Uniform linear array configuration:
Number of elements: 4
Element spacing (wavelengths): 1
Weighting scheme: binomial
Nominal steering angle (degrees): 30
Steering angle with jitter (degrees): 29.779
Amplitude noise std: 0.05
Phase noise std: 0.05

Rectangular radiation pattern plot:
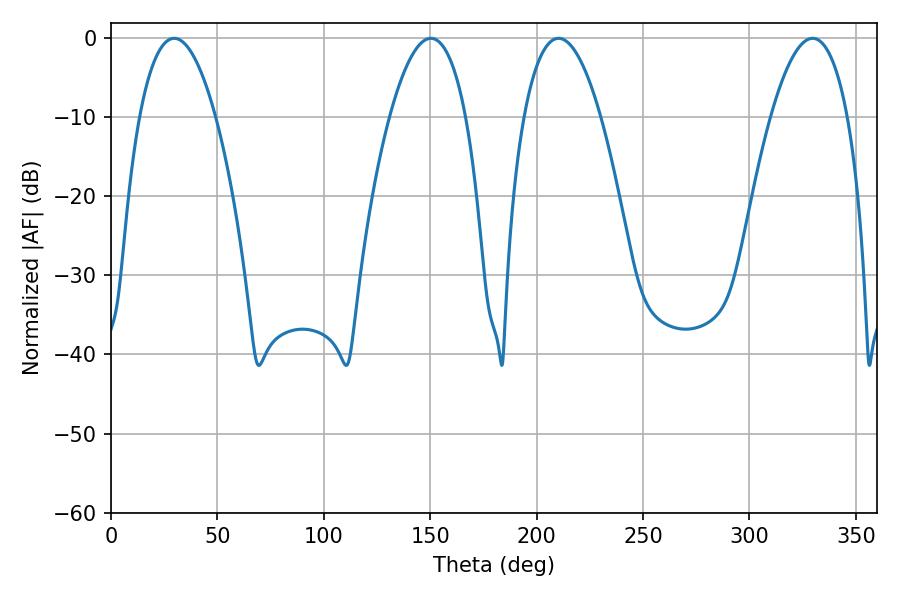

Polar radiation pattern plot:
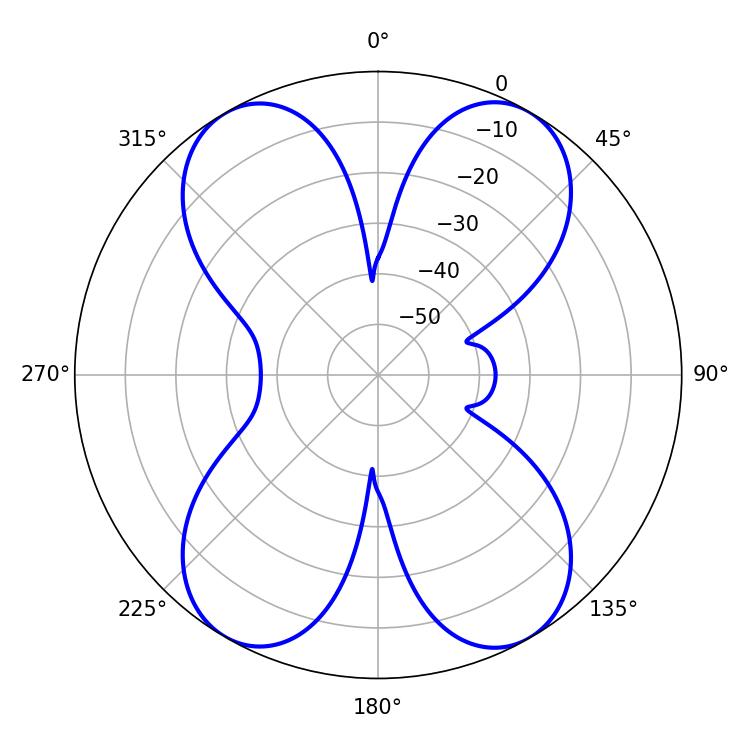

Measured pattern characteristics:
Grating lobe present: TRUE
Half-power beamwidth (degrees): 19.98
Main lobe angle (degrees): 29.7